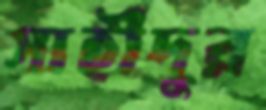
সাহীদুর